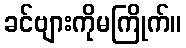
ခင်ဗျားကိုမကြိုက်။